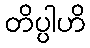
တိပ္ပါဟိ